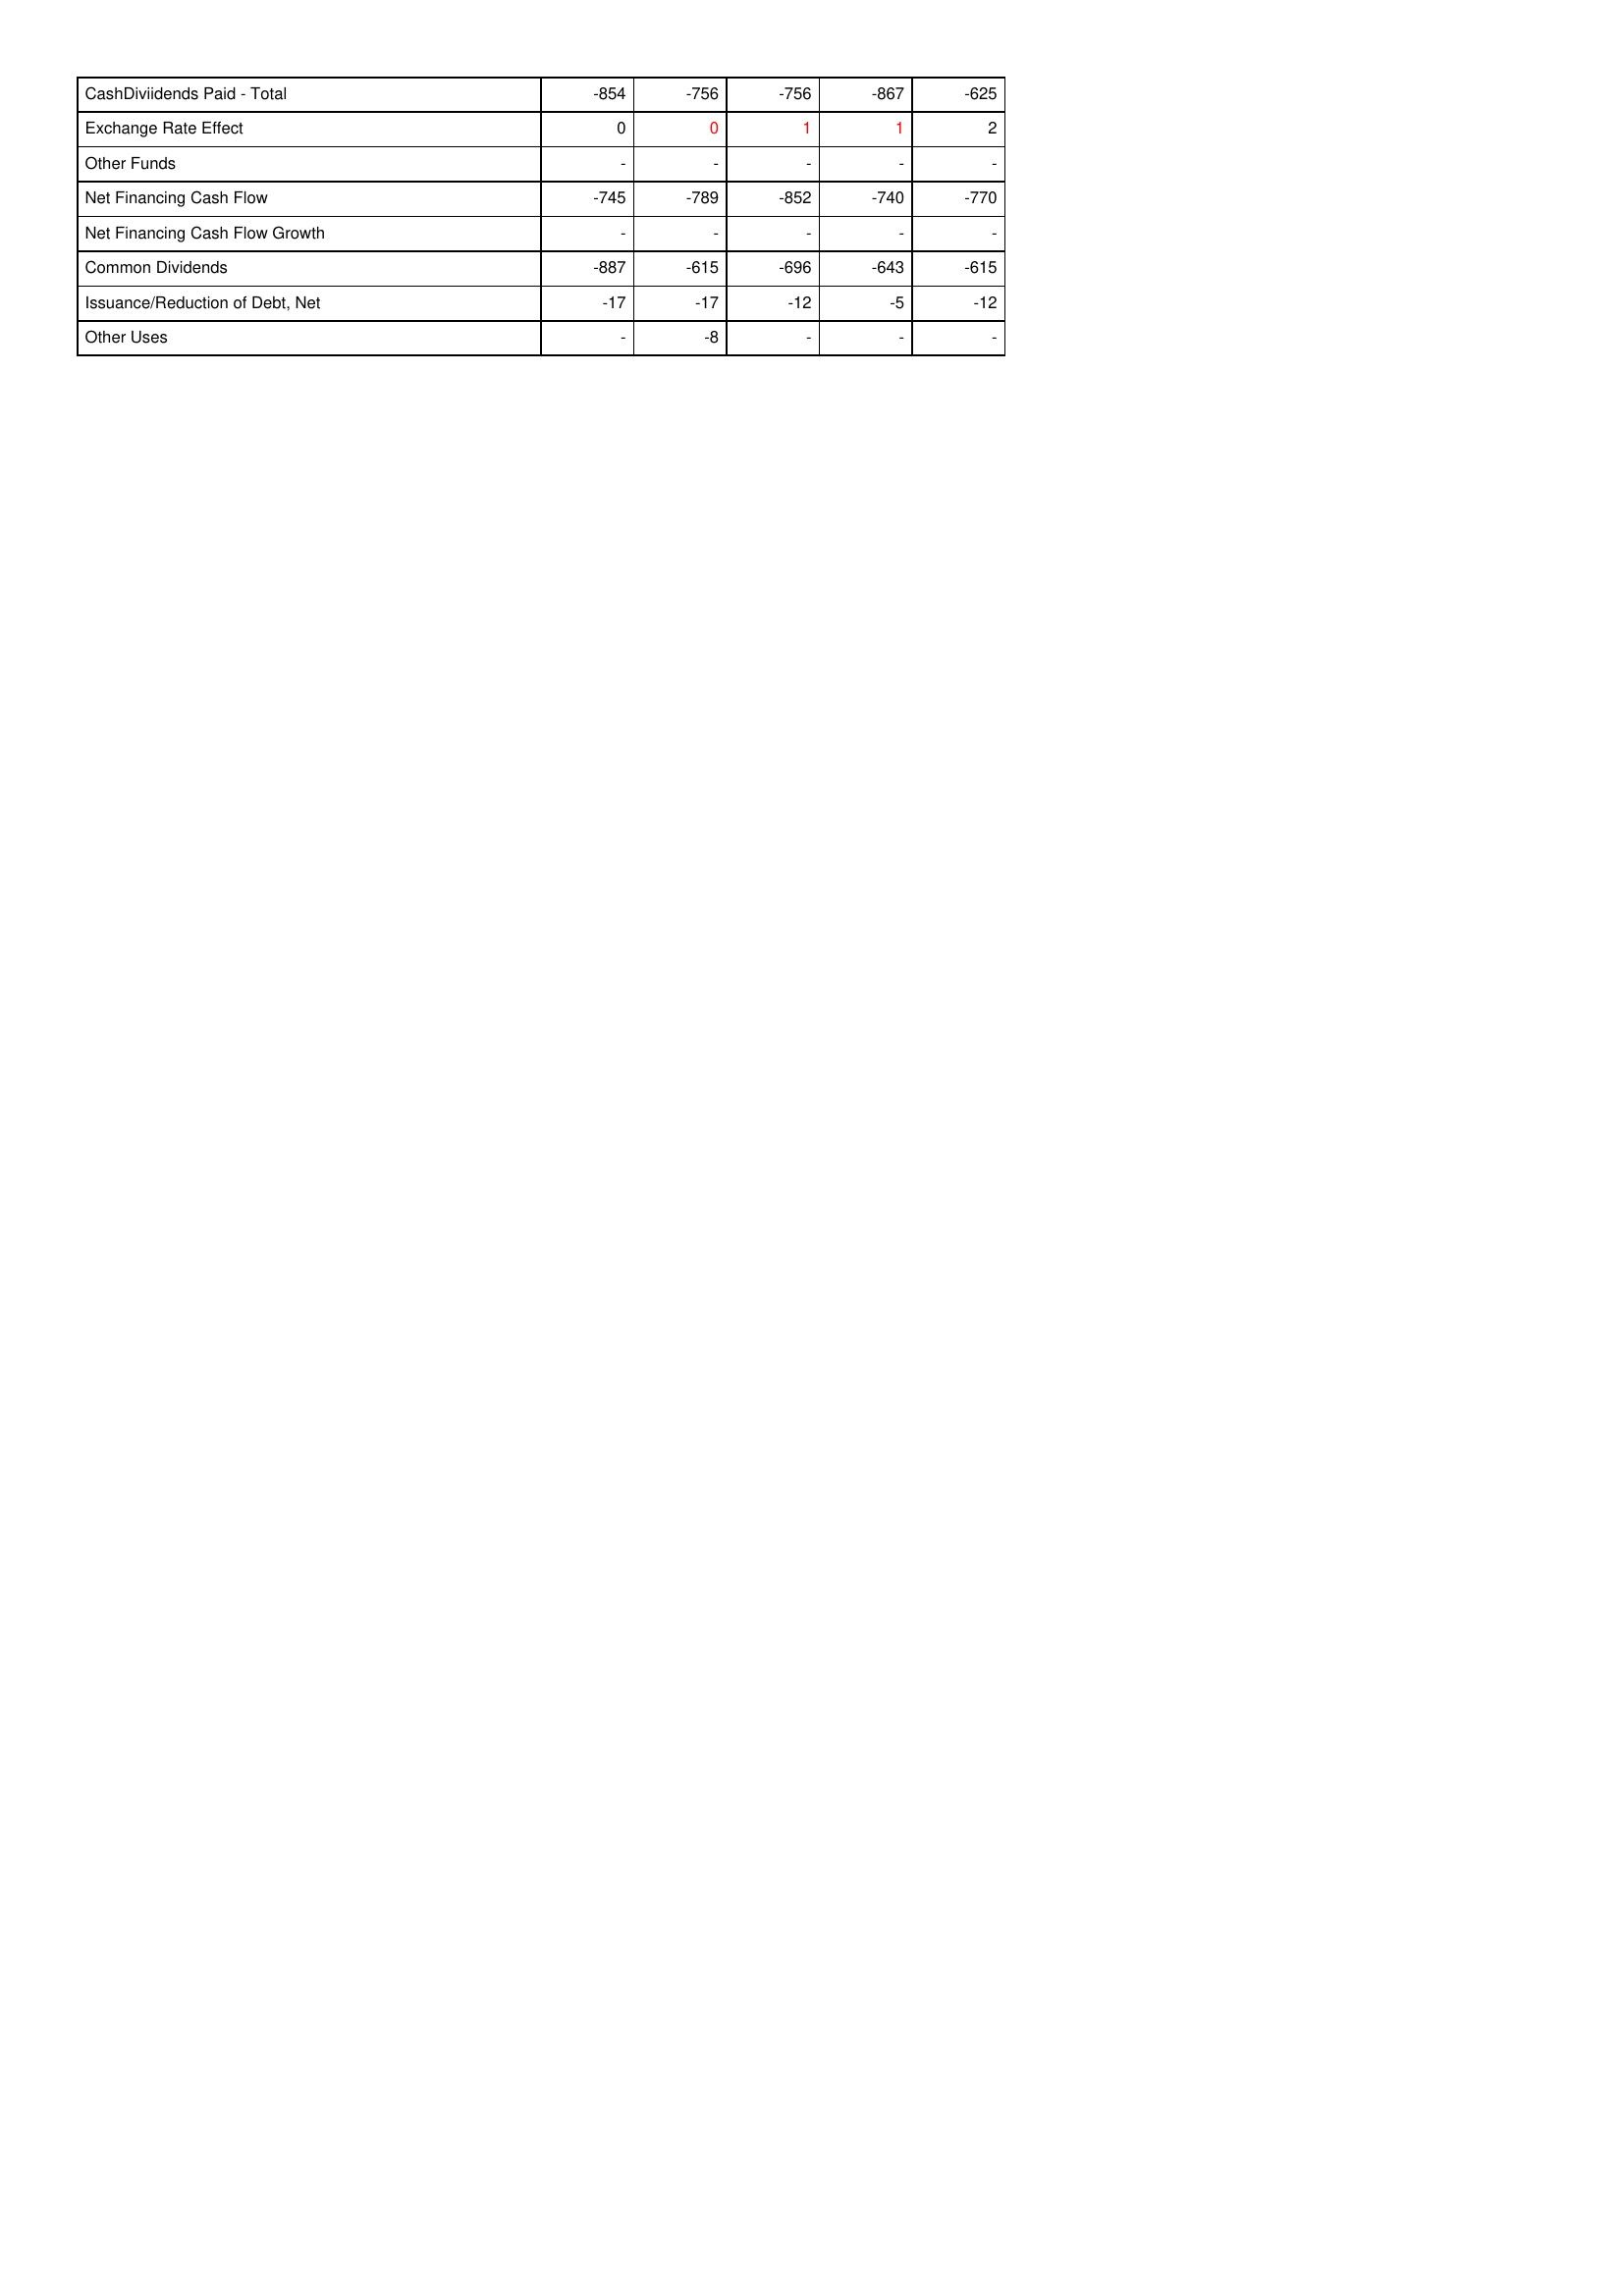
gt_parse: 2005: Financing Activities: CashDiviidends Paid - Total: -854
Exchange Rate Effect: 0
Other Funds: -
Net Financing Cash Flow: -745
Net Financing Cash Flow Growth: -
Common Dividends: -887
Issuance/Reduction of Debt, Net: -17
Other Uses: -
2004: Financing Activities: CashDiviidends Paid - Total: -756
Exchange Rate Effect: 0
Other Funds: -
Net Financing Cash Flow: -789
Net Financing Cash Flow Growth: -
Common Dividends: -615
Issuance/Reduction of Debt, Net: -17
Other Uses: -8
2003: Financing Activities: CashDiviidends Paid - Total: -756
Exchange Rate Effect: 1
Other Funds: -
Net Financing Cash Flow: -852
Net Financing Cash Flow Growth: -
Common Dividends: -696
Issuance/Reduction of Debt, Net: -12
Other Uses: -
2002: Financing Activities: CashDiviidends Paid - Total: -867
Exchange Rate Effect: 1
Other Funds: -
Net Financing Cash Flow: -740
Net Financing Cash Flow Growth: -
Common Dividends: -643
Issuance/Reduction of Debt, Net: -5
Other Uses: -
2001: Financing Activities: CashDiviidends Paid - Total: -625
Exchange Rate Effect: 2
Other Funds: -
Net Financing Cash Flow: -770
Net Financing Cash Flow Growth: -
Common Dividends: -615
Issuance/Reduction of Debt, Net: -12
Other Uses: -